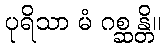
ပုရိသာ မံ ဂစ္ဆန္တိ။